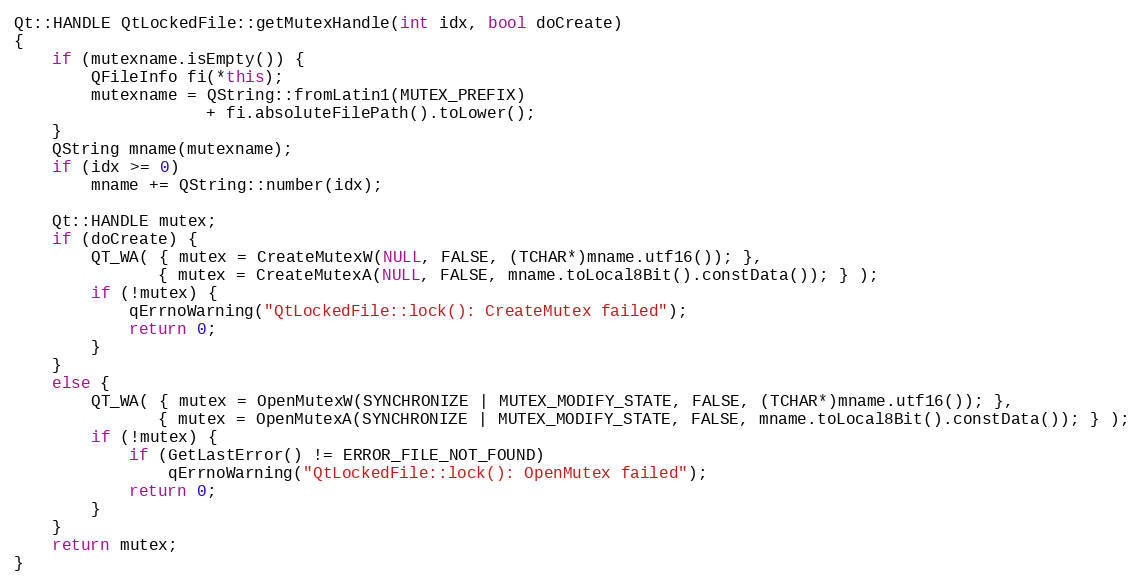
Language: C++
Qt::HANDLE QtLockedFile::getMutexHandle(int idx, bool doCreate)
{
    if (mutexname.isEmpty()) {
        QFileInfo fi(*this);
        mutexname = QString::fromLatin1(MUTEX_PREFIX)
                    + fi.absoluteFilePath().toLower();
    }
    QString mname(mutexname);
    if (idx >= 0)
        mname += QString::number(idx);

    Qt::HANDLE mutex;
    if (doCreate) {
        QT_WA( { mutex = CreateMutexW(NULL, FALSE, (TCHAR*)mname.utf16()); },
               { mutex = CreateMutexA(NULL, FALSE, mname.toLocal8Bit().constData()); } );
        if (!mutex) {
            qErrnoWarning("QtLockedFile::lock(): CreateMutex failed");
            return 0;
        }
    }
    else {
        QT_WA( { mutex = OpenMutexW(SYNCHRONIZE | MUTEX_MODIFY_STATE, FALSE, (TCHAR*)mname.utf16()); },
               { mutex = OpenMutexA(SYNCHRONIZE | MUTEX_MODIFY_STATE, FALSE, mname.toLocal8Bit().constData()); } );
        if (!mutex) {
            if (GetLastError() != ERROR_FILE_NOT_FOUND)
                qErrnoWarning("QtLockedFile::lock(): OpenMutex failed");
            return 0;
        }
    }
    return mutex;
}